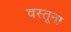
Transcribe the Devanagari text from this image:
वस्तूना